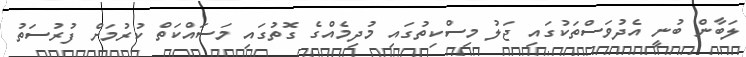
ލަބާން ބުނީ އެދުވަސްތަކުގައި ޖަލު މިސްކިތުގައި މުދިމެއްގެ ގޮތުގައި މަސައްކަތް ކުރުމަށް ފުރުސަތު